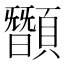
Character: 䫬